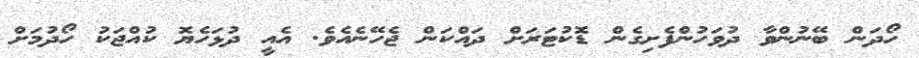
ހޯދަން ބޭނުންވާ ދުވަހުންފެށިގެން ޑޮކުޓަރަށް ދައްކަން ޖެހޭނެއެވެ. އެއީ ދުޅަހެޔޮ ކުއްޖަކު ހޯދުމަށް